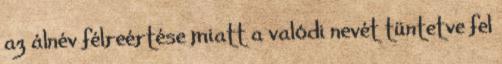
az álnév félreértése miatt a valódi nevét tüntetve fel